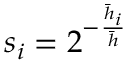
s _ { i } = 2 ^ { - \frac { \Bar { h } _ { i } } { \Bar { h } } }